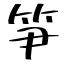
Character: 笋